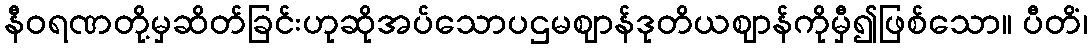
နီဝရဏတို့မှဆိတ်ခြင်းဟုဆိုအပ်သောပဌမဈာန်ဒုတိယဈာန်ကိုမှီ၍ဖြစ်သော။ ပီတိံ၊